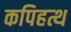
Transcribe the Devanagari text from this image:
कपिहत्थ